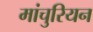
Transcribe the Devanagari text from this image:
मांचुरियन